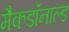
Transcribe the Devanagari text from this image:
मैकडॉनाल्ड